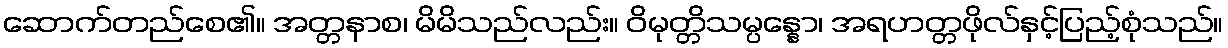
ဆောက်တည်စေ၏။ အတ္တနာစ၊ မိမိသည်လည်း။ ဝိမုတ္တိသမ္ပန္နော၊ အရဟတ္တဖိုလ်နှင့်ပြည့်စုံသည်။